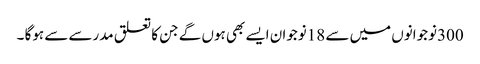
300نوجوانوں میں سے 18نوجوان ایسے بھی ہوں گے جن کا تعلق مدرسے سے ہوگا ۔